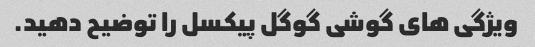
ویژگی های گوشی گوگل پیکسل را توضیح دهید.